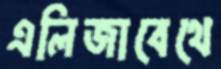
এলিজাবেথে